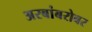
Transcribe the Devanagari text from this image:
अरबांबरोबर